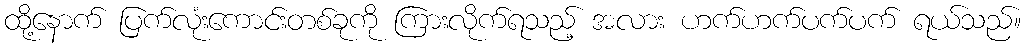
ထို့နောက် ပြက်လုံးကောင်းတစ်ခုကို ကြားလိုက်ရသည့် အလား ဟက်ဟက်ပက်ပက် ရယ်သည်။